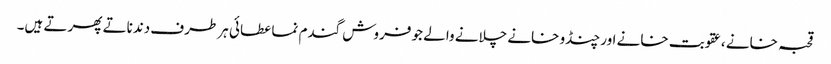
قحبہ خانے ،عقوبت خانے اور چنڈو خانے چلانے والے جو فروش گندم نما عطائی ہر طرف دندناتے پھرتے ہیں۔